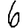
Digit: 6